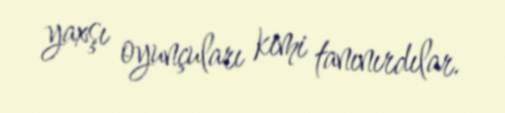
yaxşı oyunçuları kimi tanınırdılar.